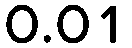
0.01